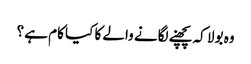
وہ بولا کہ پچھنے لگانے والے کا کیا کام ہے ؟